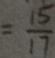
= \frac { 1 5 } { 1 7 }